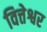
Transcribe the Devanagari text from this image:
वित्तेश्वर